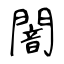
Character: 闇